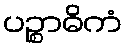
ပဉ္စာဓိကံ